Annual report on the Civil Veterinary Department, Burma (including the Insein Veterinary School) - 1932-1941
Year: 1932
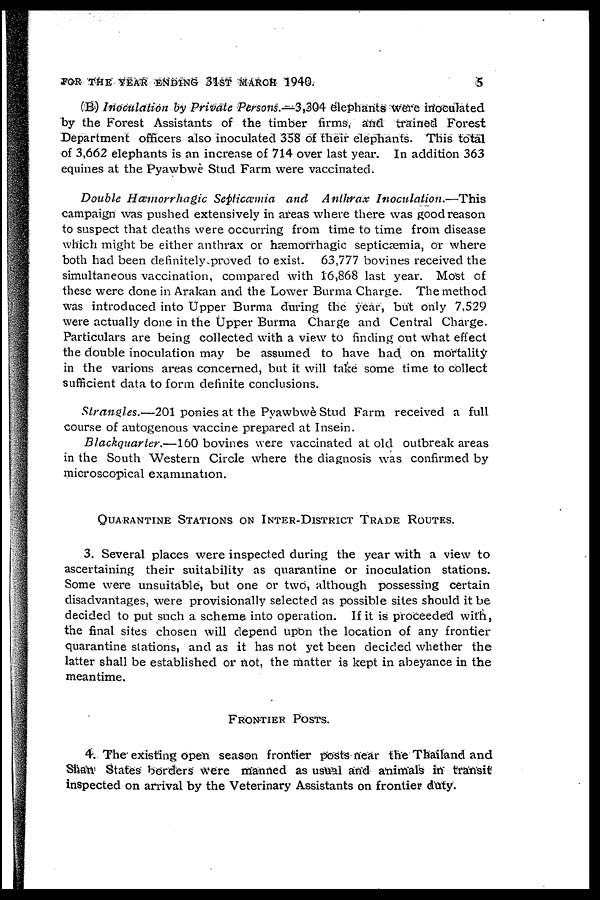
FOR THE YEAR ENDING 31ST MARCH 1940.
5
(B) Inoculation by Private Persons.—3,304 elephants were inoculated
by the Forest Assistants of the timber firms, and trained Forest
Department officers also inoculated 358 of their elephants. This total
of 3,662 elephants is an increase of 714 over last year. In addition 363
equines at the Pyawbwe Stud Farm were vaccinated.
Double Hæmorrhagic Setyicæmia and Anthrax
Inoculation.—This
campaign was pushed extensively in areas where there was good reason
to suspect that deaths were occurring from time to time from disease
which might be either anthrax or hæmorrhagic septicæmia, or where
both had been definitely proved to exist. 63,777 bovines received the
simultaneous vaccination, compared with 16,868 last year. Most of
these were done in Arakan and the Lower Burma Charge. The method
was introduced into Upper Burma during the year, but only 7,529
were actually done in the Upper Burma Charge and Central Charge.
Particulars are being collected with a view to finding out what effect
the double inoculation may be assumed to have had on mortality
in the various areas concerned, but it will take some time to collect
sufficient data to form definite conclusions.
Strangles.—201 ponies at the Pyawbwè Stud Farm received a full
course of autogenous vaccine prepared at Insein.
Blackquarler.—160 bovines were vaccinated at old outbreak areas
in the South Western Circle where the diagnosis was confirmed by
microscopical examination.
QUARANTINE STATIONS ON INTER-DISTRICT TRADE ROUTES.
3. Several places were inspected during the year with a view to
ascertaining their suitability as quarantine or inoculation stations.
Some were unsuitable, but one or two, although possessing certain
disadvantages, were provisionally selected as possible sites should it be
decided to put such a scheme into operation. If it is proceeded with,
the final sites chosen will depend upon the location of any frontier
quarantine stations, and as it has not yet been decided whether the
latter shall be established or not, the matter is kept in abeyance in the
meantime.
FRONTIER POSTS.
4. The existing open season frontier posts near the Thailand and
Shan States borders were manned as usual and animals in transit
inspected on arrival by the Veterinary Assistants on frontier duty.